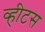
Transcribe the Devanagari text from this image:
व्हीटस